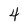
Character: 4